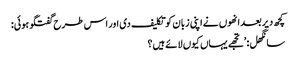
کچھ دیر بعد انھوں نے اپنی زبان کو تکلیف دی اور اس طرح گفتگو ہوئی:
سانگھل: ’تجھے یہاں کیوں لائے ہیں؟